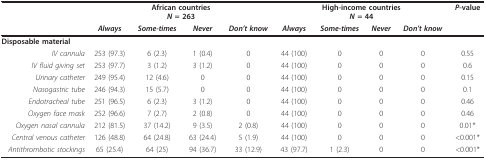
|  | <COLSPAN=4> African countriesN = 263 | <COLSPAN=4> High-income countriesN = 44 | P-value |
 |  | Always | Some-times | Never | Don't know | Always | Some-times | Never | Don't know |  |
 | --- | --- | --- | --- | --- | --- | --- | --- | --- | --- |
 | Disposable material |  |  |  |  |  |  |  |  |  |
 | IV cannula | 253 (97.3) | 6 (2.3) | 1 (0.4) | 0 | 44 (100) | 0 | 0 | 0 | 0.55 |
 | IV fluid giving set | 253 (97.7) | 3 (1.2) | 3 (1.2) | 0 | 44 (100) | 0 | 0 | 0 | 0.6 |
 | Urinary catheter | 249 (95.4) | 12 (4.6) | 0 | 0 | 44 (100) | 0 | 0 | 0 | 0.15 |
 | Nasogastric tube | 246 (94.3) | 15 (5.7) | 0 | 0 | 44 (100) | 0 | 0 | 0 | 0.1 |
 | Endotracheal tube | 251 (96.5) | 6 (2.3) | 3 (1.2) | 0 | 44 (100) | 0 | 0 | 0 | 0.46 |
 | Oxygen face mask | 252 (96.6) | 7 (2.7) | 2 (0.8) | 0 | 44 (100) | 0 | 0 | 0 | 0.46 |
 | Oxygen nasal cannula | 212 (81.5) | 37 (14.2) | 9 (3.5) | 2 (0.8) | 44 (100) | 0 | 0 | 0 | 0.01* |
 | Central venous catheter | 126 (48.8) | 64 (24.8) | 63 (24.4) | 5 (1.9) | 44 (100) | 0 | 0 | 0 | <0.001* |
 | Antithrombotic stockings | 65 (25.4) | 64 (25) | 94 (36.7) | 33 (12.9) | 43 (97.7) | 1 (2.3) | 0 | 0 | <0.001* |